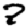
Digit: 7